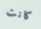
كانت